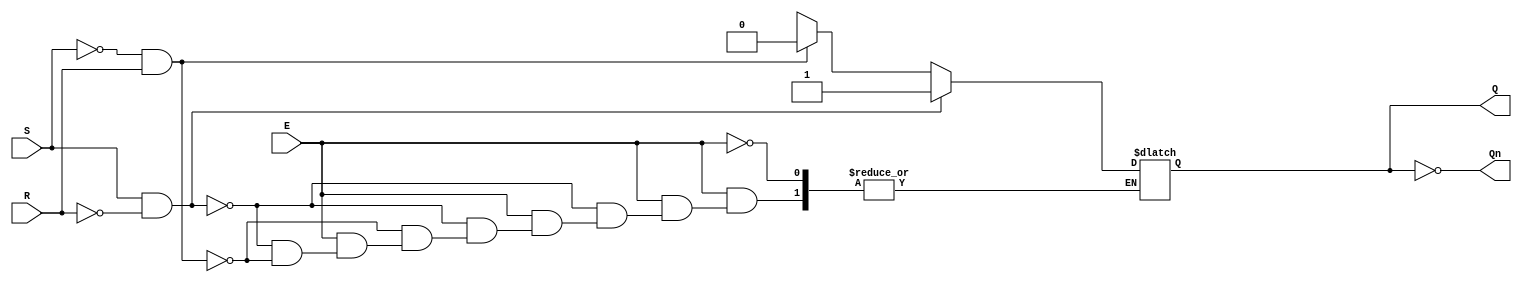
module gated_sr_latch (
    input wire S,      // Set input
    input wire R,      // Reset input
    input wire E,      // Enable input
    output reg Q,      // Output Q
    output wire Qn     // Complementary output Q'
);

// Complementary output
assign Qn = ~Q;

// Always block to implement the gated SR latch behavior
always @(*) begin
    if (E) begin
        if (S && !R) begin
            Q = 1'b1;  // Set state
        end else if (!S && R) begin
            Q = 1'b0;  // Reset state
        end else if (!S && !R) begin
            // Retain previous state (memory state)
            Q = Q;     // No change
        end else begin
            // Invalid state (S = 1, R = 1) - typically ignored
            // Q remains unchanged
            Q = Q;     // No change
        end
    end
    // When E is low, Q retains its previous state
end

endmodule